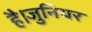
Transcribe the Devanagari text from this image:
है।जुनियर